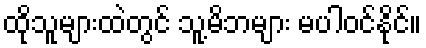
ထိုသူများထဲတွင် သူ့မိဘများ မပါဝင်နိုင်။